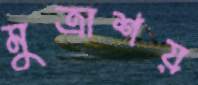
মুত্রাশয়